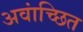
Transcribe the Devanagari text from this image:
अवांच्छित